Lunatic asylums Central Provinces reports 1895-1909 - 1895-1909
Year: 1895
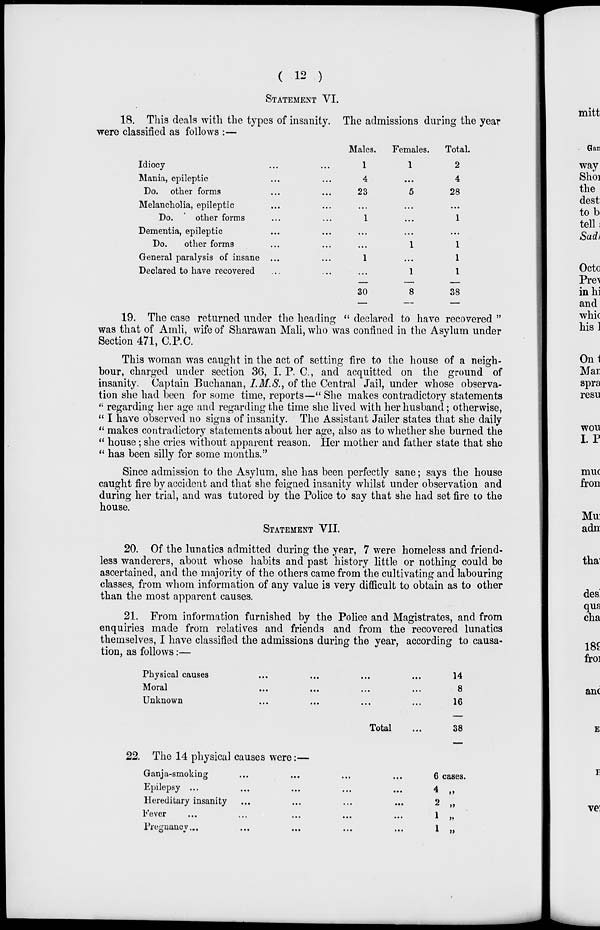
( 12 )
STATEMENT VI.
18. This deals with the types of insanity. The admissions during the year
were classified as follows :—
Idiocy ... ...
Mania, epileptic ... ...
Do. other forms ... ...
Melancholia, epileptic ... ...
Do.
other forms ... ...
Dementia, epileptic ... ...
Do.
other forms ... ...
General paralysis of insane ... ...
Declared to have recovered ... ...
Males.
1
4
23
...
1
...
...
1
...
30
Females.
1
...
5
...
...
...
1
...
1
8
Total.
2
4
28
...
1
...
1
1
1
38
19. The case returned under the heading " declared to have recovered "
was that of Amli, wife of Sharawan Mali, who was confined in the Asylum under
Section 471, C.P.C.
This woman was caught in the act of setting fire to the house of a neigh-
bour, charged under section 36, I. P. C., and acquitted on the ground of
insanity. Captain Buchanan, I. M.S., of the Central Jail, under whose observa-
tion she had been for some time, reports—" She makes contradictory statements
" regarding her age and regarding the time she lived with her husband; otherwise,
" I have observed no signs of insanity. The Assistant Jailer states that she daily
" makes contradictory statements about her age, also as to whether she burned the
" house; she cries without apparent reason. Her mother and father state that she
" has been silly for some months."
Since admission to the Asylum, she has been perfectly sane; says the house
caught fire by accident and that she feigned insanity whilst under observation and
during her trial, and was tutored by the Police to say that she had set fire to the
house.
STATEMENT VII.
20. Of the lunatics admitted during the year, 7 were homeless and friend-
less wanderers, about whose habits and past history little or nothing could be
ascertained, and the majority of the others came from the cultivating and labouring
classes, from whom information of any value is very difficult to obtain as to other
than the most apparent causes.
21. From information furnished by the Police and Magistrates, and from
enquiries made from relatives and friends and from the recovered lunatics
themselves, I have classified the admissions during the year, according to causa-
tion, as follows:—
Physical causes ... ... ... ...
Moral ... ... ... ...
Unknown ... ... ... ...
Total ...
14
8
16
38
22. The 14 physical causes were:—
Ganja-smoking ... ... ... ...
Epilepsy ... ... ... ...
Hereditary insanity ... ... ... ...
Fever
...
...
...
...
Pregnancy ... ... ... ... ...
6 cases.
4 „
2 „
1 „
1 „